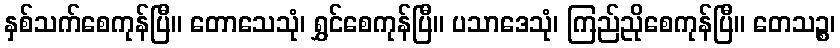
နှစ်သက်စေကုန်ပြီ။ တောသေသုံ၊ ရွှင်စေကုန်ပြီ။ ပသာဒေသုံ၊ ကြည်ညိုစေကုန်ပြီ။ တေသဉ္စ၊